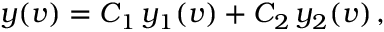
y ( v ) = C _ { 1 } \, y _ { 1 } ( v ) + C _ { 2 } \, y _ { 2 } ( v ) \, ,